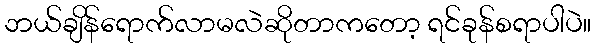
ဘယ်ချိန်ရောက်လာမလဲဆိုတာကတော့ ရင်ခုန်စရာပါပဲ။